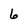
Character: 6